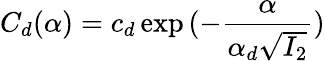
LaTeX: C_{d}(\alpha)=c_{d}\exp{(-\frac{\alpha}{\alpha_{d}\sqrt{I_{2}}})}